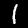
Label: 1